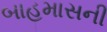
બાહમાસની